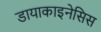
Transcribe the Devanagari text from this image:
डायाकाइनेसिस